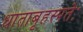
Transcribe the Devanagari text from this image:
धाताबृहस्पतेः